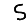
Digit: 5